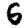
Digit: 6